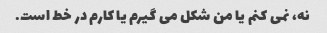
نه، نمی کنم یا من شکل می گیرم یا کارم در خط است.